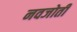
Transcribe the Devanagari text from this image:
नवजोती